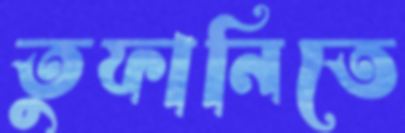
তুফানিতে